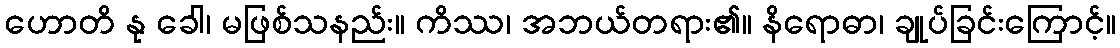
ဟောတိ နု ခေါ၊ မဖြစ်သနည်း။ ကိဿ၊ အဘယ်တရား၏။ နိရောဓာ၊ ချုပ်ခြင်းကြောင့်။